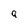
Character: g